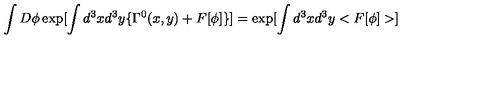
\int D \phi \exp [ \int d ^ { 3 } x d ^ { 3 } y \{ \Gamma ^ { 0 } ( x , y ) + F [ \phi ] \} ] = \exp [ \int d ^ { 3 } x d ^ { 3 } y < F [ \phi ] > ]